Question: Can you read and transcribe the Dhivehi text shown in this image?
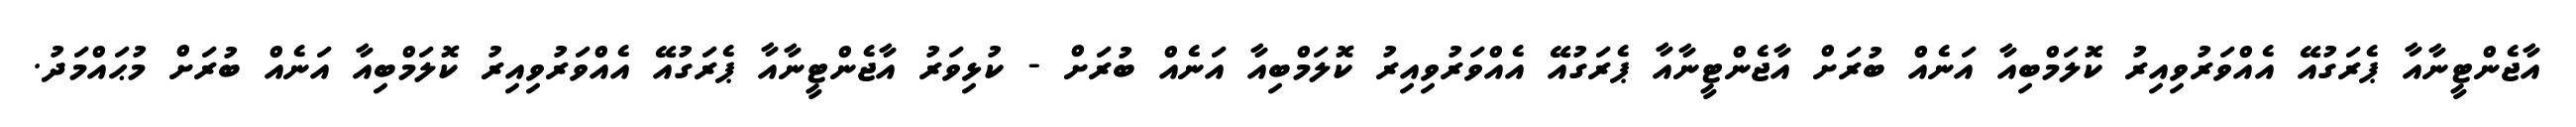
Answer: އާޖެންޓީނާއާ ޕެރަގުއޭ އެއްވަރުވިއިރު ކޮލަމްބިއާ އަނެއް ބުރަށް އާޖެންޓީނާއާ ޕެރަގުއޭ އެއްވަރުވިއިރު ކޮލަމްބިއާ އަނެއް ބުރަށް - ކުޅިވަރު އާޖެންޓީނާއާ ޕެރަގުއޭ އެއްވަރުވިއިރު ކޮލަމްބިއާ އަނެއް ބުރަށް މުޙައްމަދު.